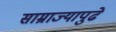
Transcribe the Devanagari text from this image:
साम्राज्यापुढे